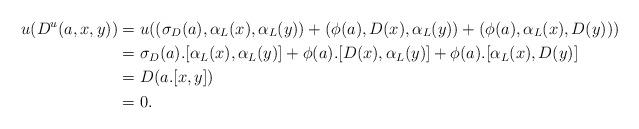
LaTeX: \begin{align*}u(D^u(a,x,y))&=u((\sigma_D(a),\alpha_L(x),\alpha_L(y))+(\phi(a),D(x),\alpha_L(y))+(\phi(a),\alpha_L(x),D(y)))\\&=\sigma_D(a).[\alpha_L(x),\alpha_L(y)]+\phi(a).[D(x),\alpha_L(y)]+\phi(a).[\alpha_L(x),D(y)]\\&=D(a.[x,y])\\&=0.\end{align*}